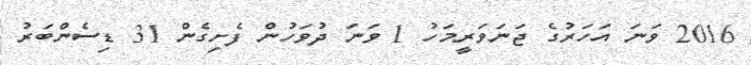
2016 ވަނަ އަހަރުގެ ޖަނަވަރީމަހު 1 ވަނަ ދުވަހުން ފެށިގެން 31 ޑިސެންބަރު